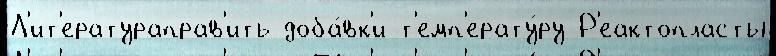
Л'ит'ератураправ'ить доба́вк'и т'емп'ерату́ру Р'еактопласты